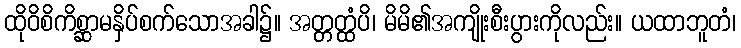
ထိုဝိစိကိစ္ဆာမနှိပ်စက်သောအခါ၌။ အတ္တတ္ထံပိ၊ မိမိ၏အကျိုးစီးပွားကိုလည်း။ ယထာဘူတံ၊